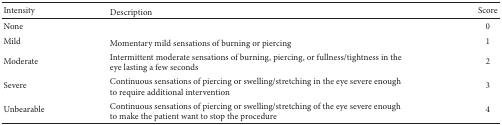
| Intensity | Description | Score |
 | --- | --- | --- |
 | None |  | 0 |
 | Mild | Momentary mild sensations of burning or piercing | 1 |
 | Moderate | Intermittent moderate sensations of burning, piercing, or fullness/tightness in the eye lasting a few seconds | 2 |
 | Severe | Continuous sensations of piercing or swelling/stretching in the eye severe enough to require additional intervention | 3 |
 | Unbearable | Continuous sensations of piercing or swelling/stretching of the eye severe enough to make the patient want to stop the procedure | 4 |